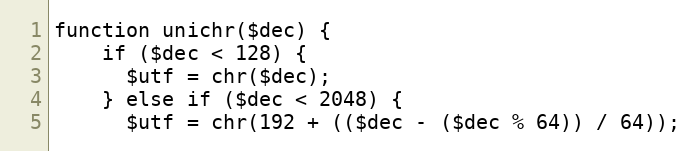
Language: PHP
function unichr($dec) {
    if ($dec < 128) {
      $utf = chr($dec);
    } else if ($dec < 2048) {
      $utf = chr(192 + (($dec - ($dec % 64)) / 64));